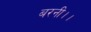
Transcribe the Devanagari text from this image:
बरनी।।